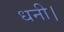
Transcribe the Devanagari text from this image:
धनी।